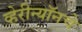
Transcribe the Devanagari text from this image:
व्हेरीन्यॉनचे